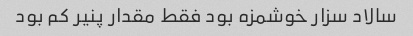
سالاد سزار خوشمزه بود فقط مقدار پنیر کم بود